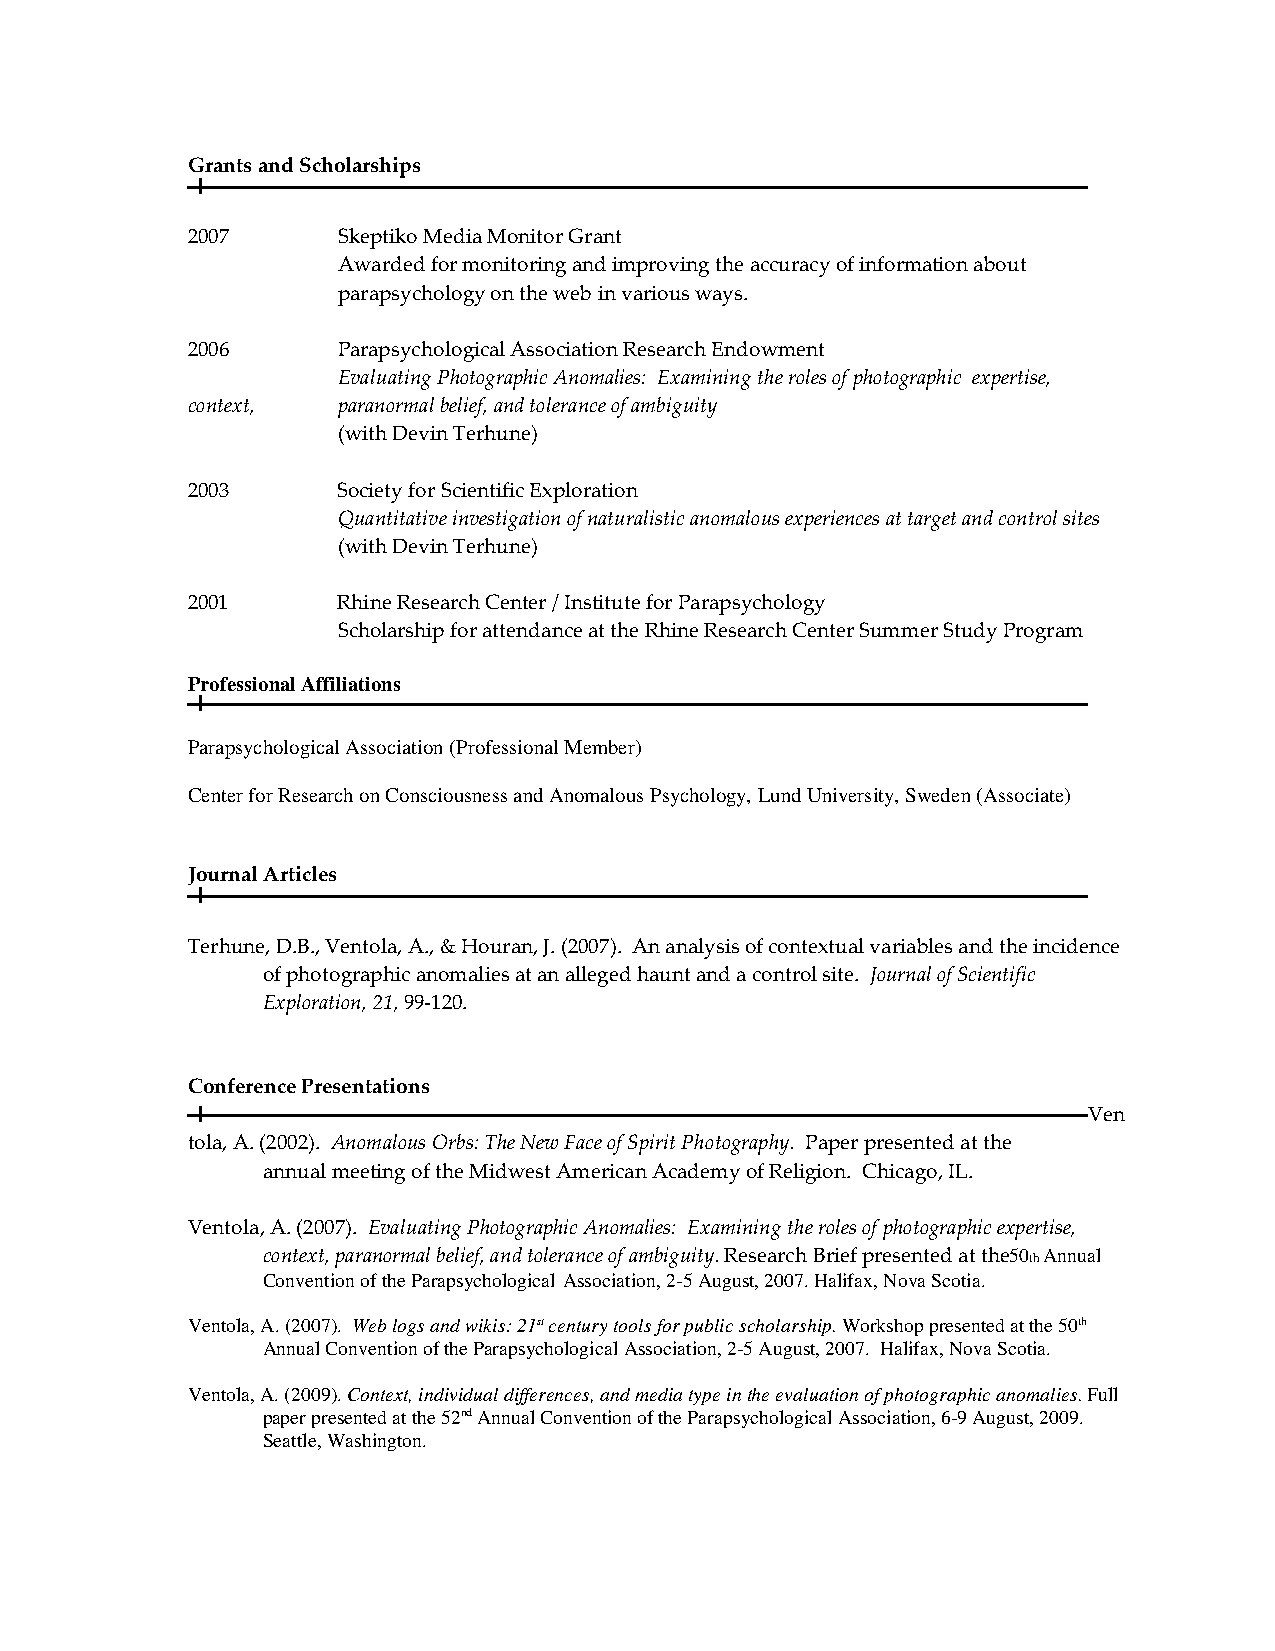
Grants and Scholarships
 2007      Skeptiko Media Monitor Grant
 Awarded for monitoring and improving the accuracy of information about
 parapsychology on the web in various ways.
 2006      Parapsychological Association Research Endowment
 Evaluating Photographic Anomalies: Examining the roles of photographic expertise,
 context,  paranormal belief, and tolerance of ambiguity
 (with Devin Terhune)
 2003      Society for Scientific Exploration
 Quantitative investigation of naturalistic anomalous experiences at target and control sites
 (with Devin Terhune)
 2001      Rhine Research Center / Institute for Parapsychology
 Scholarship for attendance at the Rhine Research Center Summer Study Program
 Professional Affiliations
 Parapsychological Association (Professional Member)
 Center for Research on Consciousness and Anomalous Psychology, Lund University, Sweden (Associate)
 Journal Articles
 Terhune, D.B., Ventola, A., & Houran, J. (2007). An analysis of contextual variables and the incidence
 of photographic anomalies at an alleged haunt and a control site. Journal of Scientific
 Exploration, 21, 99-120.
 Conference Presentations
 Ven
 tola, A. (2002). Anomalous Orbs: The New Face of Spirit Photography. Paper presented at the
 annual meeting of the Midwest American Academy of Religion. Chicago, IL.
 Ventola, A. (2007). Evaluating Photographic Anomalies: Examining the roles of photographic expertise,
 context, paranormal belief, and tolerance of ambiguity. Research Brief presented at the50th Annual
 Convention of the Parapsychological Association, 2-5 August, 2007. Halifax, Nova Scotia.
 Ventola, A. (2007). Web logs and wikis: 21st century tools for public scholarship. Workshop presented at the 50th
 Annual Convention of the Parapsychological Association, 2-5 August, 2007. Halifax, Nova Scotia.
 Ventola, A. (2009). Context, individual differences, and media type in the evaluation of photographic anomalies. Full
 paper presented at the 52nd Annual Convention of the Parapsychological Association, 6-9 August, 2009.
 Seattle, Washington.